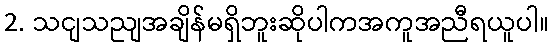
2. သငျသညျအချိန်မရှိဘူးဆိုပါကအကူအညီရယူပါ။